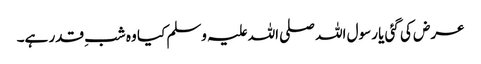
عرض کی گئی یا رسول اللہ صلی اللہ علیہ وسلم کیا وہ شبِ قدر ہے۔